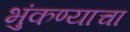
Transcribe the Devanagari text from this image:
भुंकण्याचा